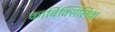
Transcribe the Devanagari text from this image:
कार्बिक्सिलिक